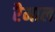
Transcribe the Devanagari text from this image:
रैमाल